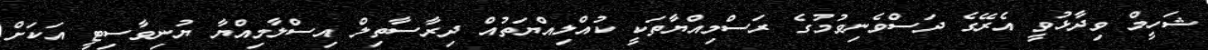
ޝަހީމް ވިދާޅުވީ އެރޭގެ ދަސްވެނިވުމުގެ ރަސްމިއްޔާތަކީ ކުއްލިއްޔަތުއް ދިރާސާތިލް އިސްލާމިއްޔާ ޔުނިވާސިޓީ އަކަށް